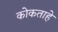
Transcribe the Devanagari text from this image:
कोकताहे